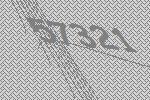
57321